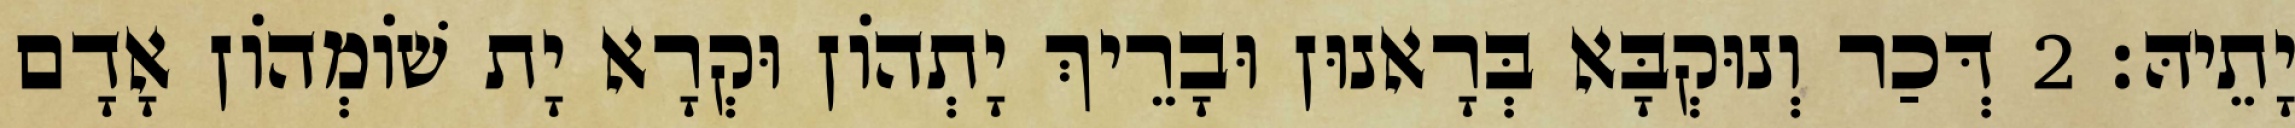
יָתֵיהּ׃ 2 דְּכַר וְנוּקְבָּא בְּרָאנוּן וּבָרֵיךְ יָתְהוֹן וּקְרָא יָת שׁוֹמְהוֹן אָדָם